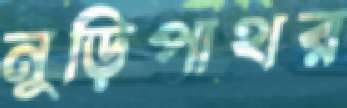
নুড়িপাথর